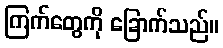
ကြက်တွေကို ခြောက်သည်။